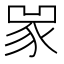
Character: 𧰽